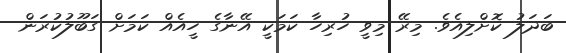
ބަދަލު ކޮށްލިއެވެ. މިރޭ މިވީ ހުރިހާ ކަމަކީ އޭނާގެ ހީއެއް ކަމަށް ގަބޫލުކުރަން